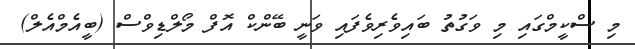
މި ސްކީމްގައި މި ވަގުތު ބައިވެރިވެފައި ވަނީ ބޭންކް އޮފް މޯލްޑިވްސް (ބީއެމްއެލް)